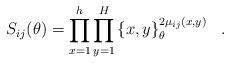
LaTeX: \begin{align*}S_{ij}(\theta )=\prod\limits_{x=1}^{h}\prod\limits_{y=1}^{H}\left\{x,y\right\} _{\theta }^{2\mu _{ij}(x,y)}\,\,\,\,. \end{align*}